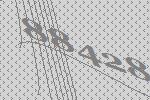
88428